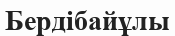
Бердібайұлы